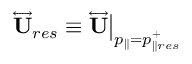
\overleftrightarrow { \mathbf { U } } _ { r e s } \equiv \overleftrightarrow { \mathbf { U } } \big | _ { p _ { \parallel } = p _ { \parallel r e s } ^ { + } }